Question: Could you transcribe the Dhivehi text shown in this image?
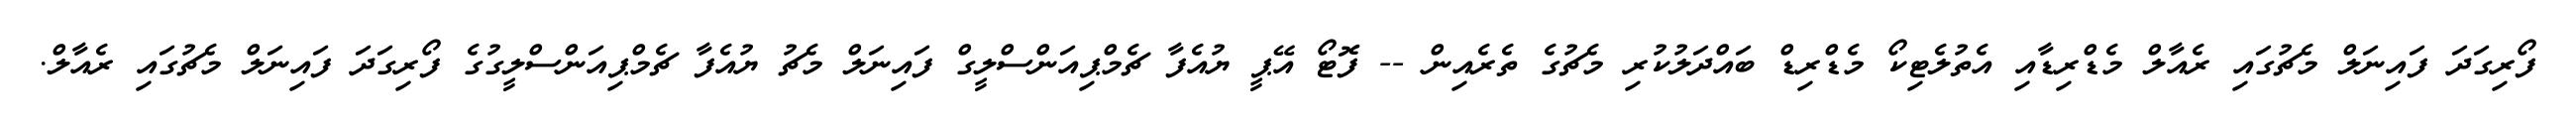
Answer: ފޯރިގަދަ ފައިނަލް މެޗުގައި ރެއާލް މެޑްރިޑާއި އެތުލެޓިކޯ މެޑްރިޑް ބައްދަލުކުރި މެޗުގެ ތެރެއިން -- ފޮޓޯ އޭޕީ ޔުއެފާ ޗެމްޕިއަންސްލީގް ފައިނަލް މެޗު ޔުއެފާ ޗެމްޕިއަންސްލީގުގެ ފޯރިގަދަ ފައިނަލް މެޗުގައި ރެއާލް.